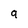
Character: a